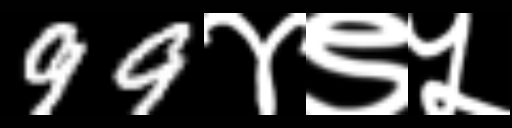
Text: 99४९५